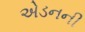
એડનની